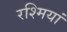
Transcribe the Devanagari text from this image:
रश्मियां